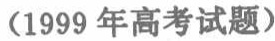
（1999 年高考试题）